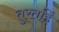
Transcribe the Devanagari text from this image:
तुरतहिं